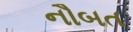
નૌબત